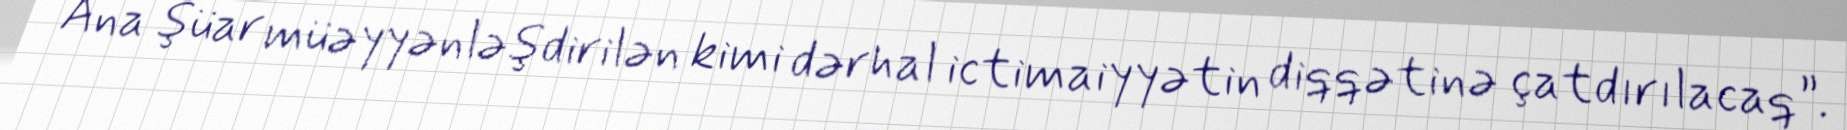
Ana şüar müəyyənləşdirilən kimi dərhal ictimaiyyətin diqqətinə çatdırılacaq”.